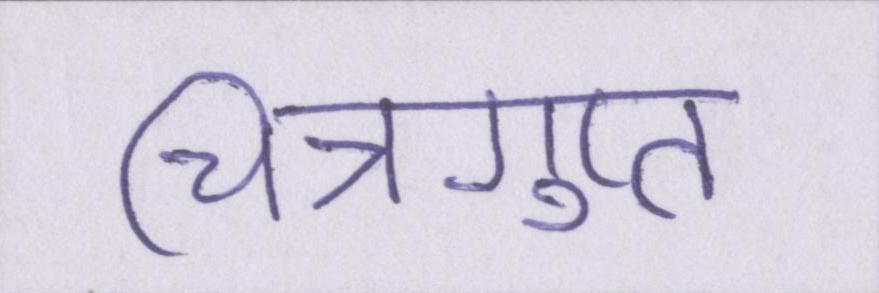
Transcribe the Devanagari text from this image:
चित्रगुप्त